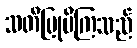
သတိပြုမိကြသည်